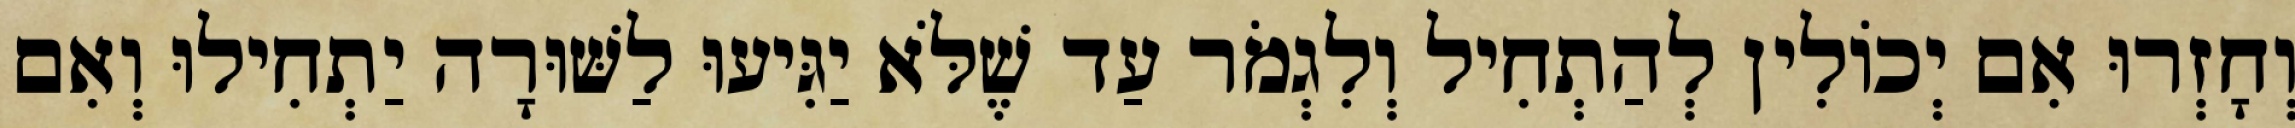
וְחָזְרוּ אִם יְכוֹלִין לְהַתְחִיל וְלִגְמֹר עַד שֶׁלֹּא יַגִּיעוּ לַשּׁוּרָה יַתְחִילוּ וְאִם